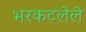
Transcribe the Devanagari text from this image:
भरकटलेले